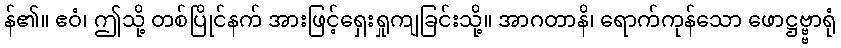
န်၏။ ဧဝံ၊ ဤသို့ တစ်ပြိုင်နက် အားဖြင့်ရှေးရှုကျခြင်းသို့။ အာဂတာနိ၊ ရောက်ကုန်သော ဖောဋ္ဌဗ္ဗ္ဗာရုံ